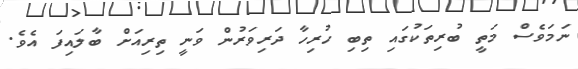
ނަމަވެސް މަތީ ބުރިތަކުގައި ތިބި ހުރިހާ ދަރިވަރުން ވަނީ ތިރިއަށް ބާލައިފަ އެވެ.